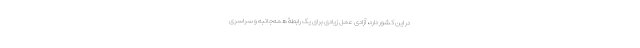
در این کشور دارد، آزادی عمل زیادی برای یک رابطۀ همه‌جانبه و سراسری